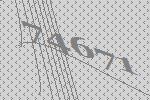
74671